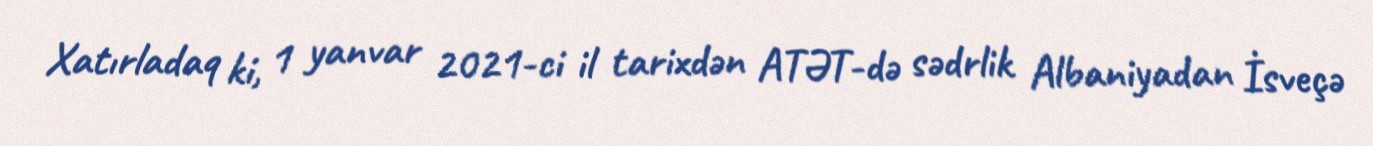
Xatırladaq ki, 1 yanvar 2021-ci il tarixdən ATƏT-də sədrlik Albaniyadan İsveçə